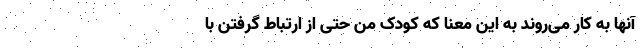
آنها به کار می‌روند به این معنا که کودک من حتی از ارتباط گرفتن با